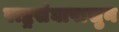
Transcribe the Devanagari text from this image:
राष्ट्रसंघापासुन